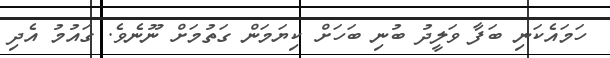
ހަމައެކަނި ބަފާ ވަލީދު ބުނި ބަހަށް ކިޔަމަން ގަތުމަށް ނޫނެވެ. ގައުމު އެދި